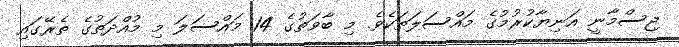
ޖިސްމާނީ އަނިޔާކުރުމުގެ މައްސަލަތަކެވެ. މި ބާވަތުގެ 14 މައްސަލަ މި މުއްދަތުގެ ތެރޭގައި